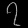
Digit: ၇